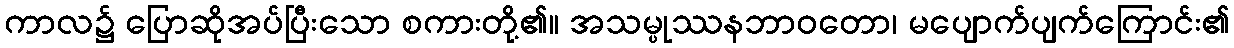
ကာလ၌ ပြောဆိုအပ်ပြီးသော စကားတို့၏။ အသမ္ပုဿနဘာဝတော၊ မပျောက်ပျက်ကြောင်း၏